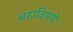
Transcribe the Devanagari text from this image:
चहाविषयी